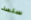
سلسة